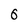
Character: 6